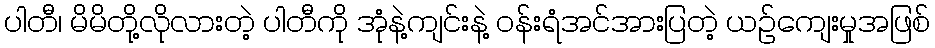
ပါတီ၊ မိမိတို့လိုလားတဲ့ ပါတီကို အုံနဲ့ကျင်းနဲ့ ဝန်းရံအင်အားပြတဲ့ ယဉ်ကျေးမှုအဖြစ်